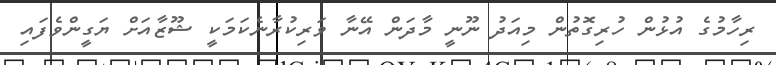
ރިހާމުގެ އުޅުން ހުރިގޮތުން މިއަދު ނޫނީ މާދަން އޭނާ ވަރިކުރާނެކަމަކީ ޝޫޒާއަށް ޔަގީންވެފައި